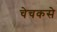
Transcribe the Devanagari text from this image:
चेचकसे